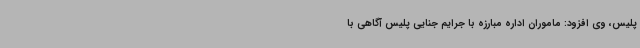
پلیس، وی افزود: ماموران اداره مبارزه با جرایم جنایی پلیس آگاهی با